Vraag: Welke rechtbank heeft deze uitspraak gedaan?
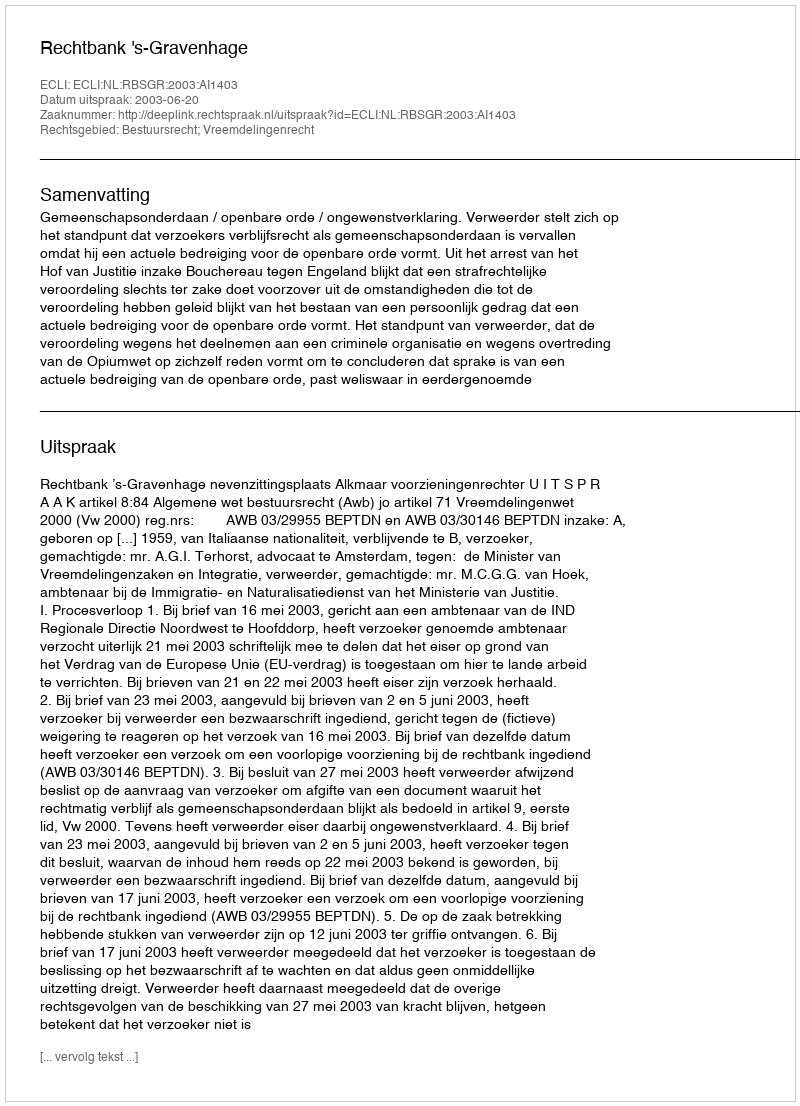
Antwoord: Rechtbank 's-Gravenhage